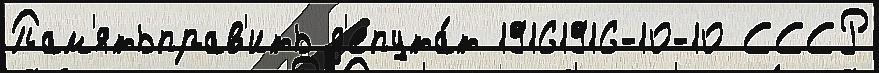
Пам'ятьправ'ить д'епута́т 19161916-10-10 СССР